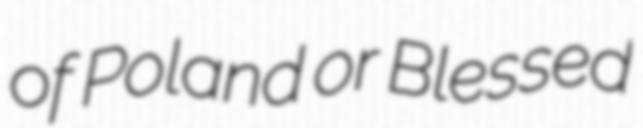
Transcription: of Poland or Blessed